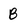
Character: B